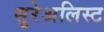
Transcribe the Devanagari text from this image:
सुरेअलिस्ट